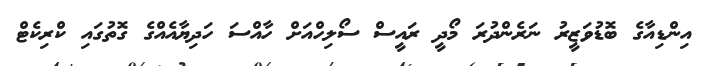
އިންޑިއާގެ ބޮޑުވަޒީރު ނަރެންދުރަ މޯދީ ރައީސް ސޯލިހްއަށް ހާއްސަ ހަދިޔާއެއްގެ ގޮތުގައި ކްރިކެޓް